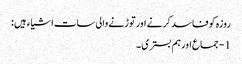
روزہ کوفاسد کرنے اورتوڑنے والی سات اشیاء ہیں :
1 - جماع اورہم بستری ۔